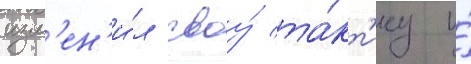
изм'ен'и́л своу́ та́кт'ику и́